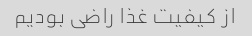
از کیفیت غذا راضی بودیم